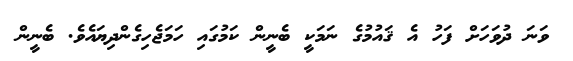
ވަނަ ދުވަހަށް ފަހު އެ ޤައުމުގެ ނަމަކީ ބެނީން ކަމުގައި ހަމަޖެހިގެންދިޔައެވެ. ބެނީން